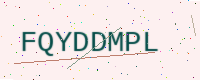
Text: FQYDDMPL